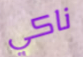
ناكي